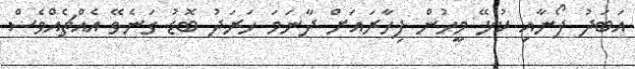
އަބަދު ފޯނާއި ކުޅޭ މީހުން ފިހާރައަށް ދާނަމަ ހަރަދު ބޮޑު ގަނެވޭ އެއްޗެއްވެސް